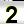
Digit: 2